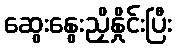
ဆွေးနွေးညှိနှိုင်းပြီး